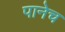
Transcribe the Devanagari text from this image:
पानेच